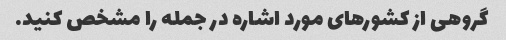
گروهی از کشورهای مورد اشاره در جمله را مشخص کنید.